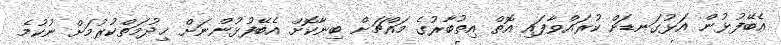
އެބޭފުޅުން އަޅުގަނޑަށް ކުރައްވާފައި އޮތް އިތުބާރުގެ މައްޗަށް ބިނާކޮށް އެބޭފުޅުންނަށް ޚިދުމަތްކުރުމަށް ނުކުމެ